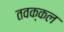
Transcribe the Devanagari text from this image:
तवक्कल